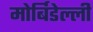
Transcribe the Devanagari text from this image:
मोर्बिडेल्ली